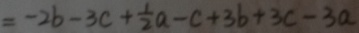
= - 2 b - 3 c + \frac { 1 } { 2 } a - c + 3 b + 3 c - 3 a